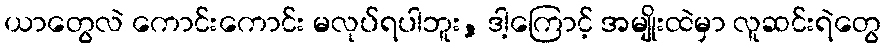
ယာတွေလဲ ကောင်းကောင်း မလုပ်ရပါဘူး, ဒါ့ကြောင့် အမျိုးထဲမှာ လူဆင်းရဲတွေ